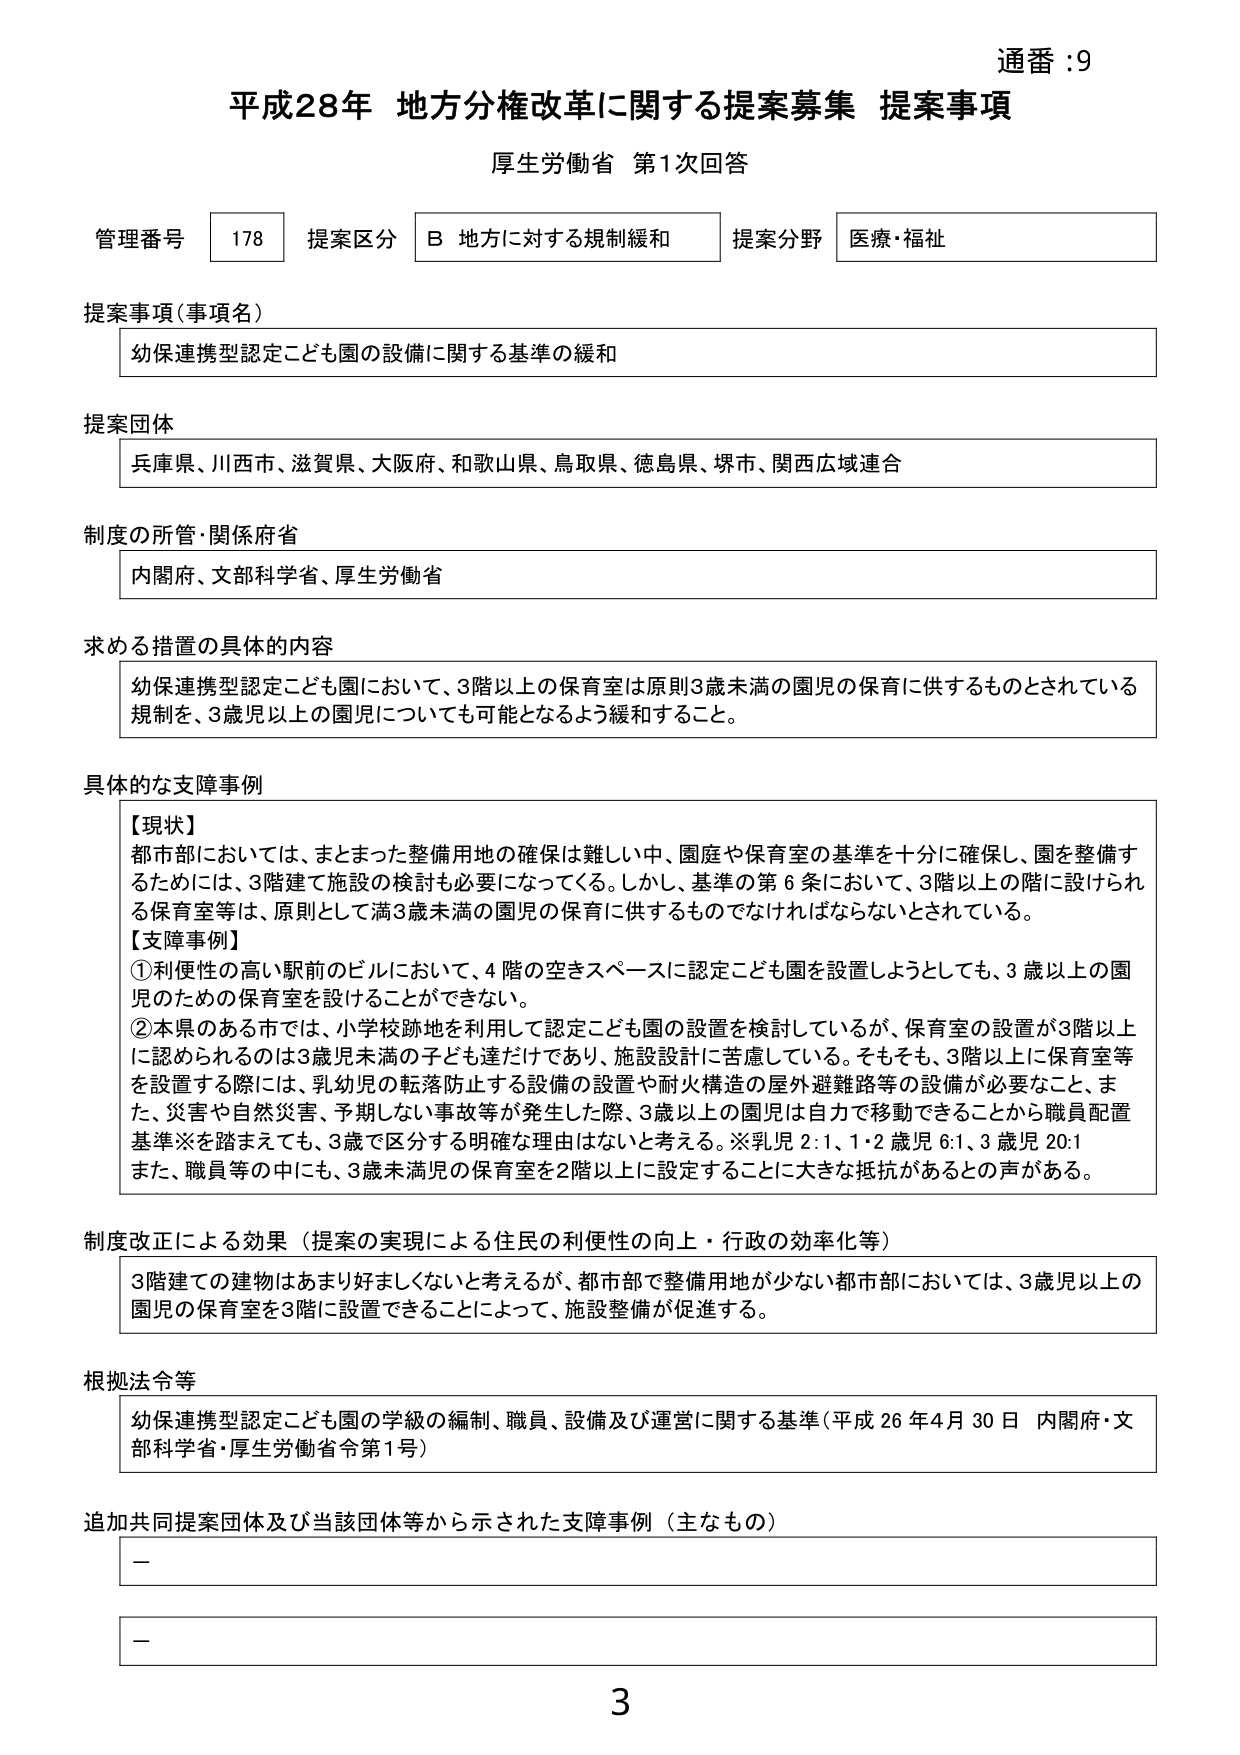
通番：9
平成28年 地方分権改革に関する提案募集 提案事項
厚生労働省 第1次回答

管理番号 178 提案区分 B 地方に対する規制緩和 提案分野 医療・福祉

提案事項（事項名）
幼保連携型認定こども園の設備に関する基準の緩和

提案団体
兵庫県、川西市、滋賀県、大阪府、和歌山県、鳥取県、徳島県、堺市、関西広域連合

制度の所管・関係府省
内閣府、文部科学省、厚生労働省

求める措置の具体的内容
幼保連携型認定こども園において、3階以上の保育室は原則3歳未満の園児の保育に供するものとされている規制を、3歳児以上の園児についても可能となるよう緩和すること。

具体的な支障事例
【現状】
都市部においては、まとまった整備用地の確保は難しい中、園庭や保育室の基準を十分に確保し、園を整備するためには、3階建て施設の検討も必要になってくる。しかし、基準の第6条において、3階以上の階に設けられる保育室等は、原則として満3歳未満の園児の保育に供するものでなければならないとされている。
【支障事例】
①利便性の高い駅前のビルにおいて、4階の空きスペースに認定こども園を設置しようとしても、3歳以上の園児のための保育室を設けることができない。
②本県のある市では、小学校跡地を利用して認定こども園の設置を検討しているが、保育室の設置が3階以上に認められるのは3歳児未満の子ども達だけであり、施設設計に苦慮している。そもそも、3階以上に保育室等を設置する際には、乳幼児の転落防止する設備の設置や耐火構造の屋外避難路等の設備が必要なこと、また、災害や自然災害、予期しない事故等が発生した際、3歳以上の園児は自力で移動できることから職員配置基準※を踏まえても、3歳で区分する明確な理由はないと考える。※乳児2:1、1・2歳児6:1、3歳児20:1
また、職員等の中にも、3歳未満児の保育室を2階以上に設定することに大きな抵抗があるとの声がある。

制度改正による効果（提案の実現による住民の利便性の向上・行政の効率化等）
3階建ての建物はあまり好ましくないと考えるが、都市部で整備用地が少ない都市部においては、3歳児以上の園児の保育室を3階に設置できることによって、施設整備が促進する。

根拠法令等
幼保連携型認定こども園の学級の編制、職員、設備及び運営に関する基準（平成26年4月30日 内閣府・文部科学省・厚生労働省令第1号）

追加共同提案団体及び当該団体等から示された支障事例（主なもの）
－
－

3